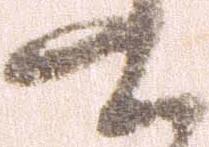
て